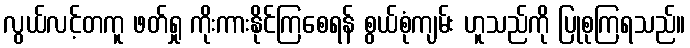
လွယ်လင့်တကူ ဖတ်ရှု ကိုးကားနိုင်ကြစေရန် စွယ်စုံကျမ်း ဟူသည်ကို ပြုစုကြရသည်။